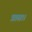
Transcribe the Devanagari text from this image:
त्रास।।